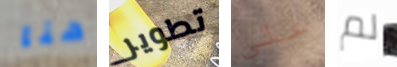
هنا تطوير علي لم